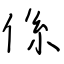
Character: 係